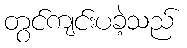
တွင်ကျင်းပခဲ့သည်